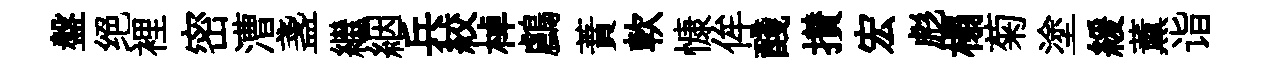
盤绝裡密漕盞繼絪兵絞棹鸕蕡軟慷侔醆攅宏彪榻菊塗緩薰诣